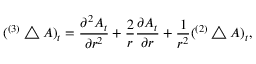
( { } ^ { ( 3 ) } \bigtriangleup A ) _ { t } = { \frac { \partial ^ { 2 } A _ { t } } { \partial r ^ { 2 } } } + { \frac { 2 } { r } } { \frac { \partial A _ { t } } { \partial r } } + { \frac { 1 } { r ^ { 2 } } } ( { } ^ { ( 2 ) } \bigtriangleup A ) _ { t } ,